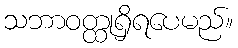
သဘာဝတ္ထုရှိရပေမည်။